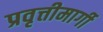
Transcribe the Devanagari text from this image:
प्रवृत्तीमार्गी